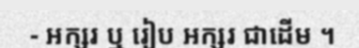
- អក្សរ ឬ រៀប អក្សរ ជាដើម ។